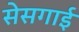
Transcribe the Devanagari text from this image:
सेसगाई